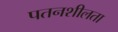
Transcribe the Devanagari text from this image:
पतनशीलता